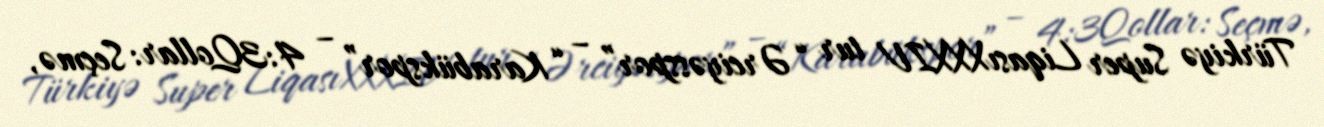
Türkiyə Super LiqasıXXXIV tur “Ərciyəsspor” – “Karabükspor” – 4:3Qollar: Seçmə,